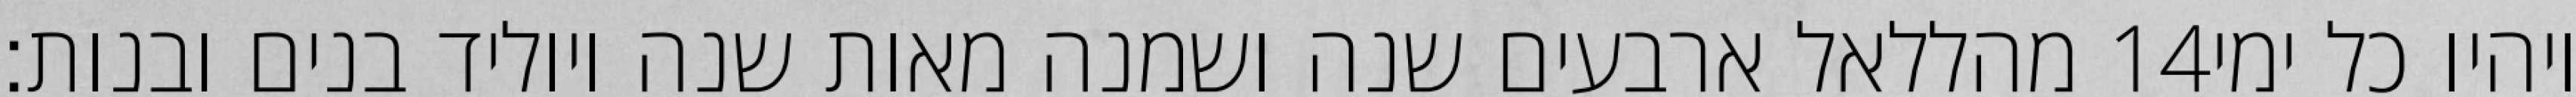
מהללאל ארבעים שנה ושמנה מאות שנה ויוליד בנים ובנות׃ ‎14‏ ויהיו כל ימי